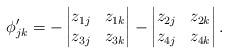
LaTeX: \begin{align*}\phi^{\prime}_{jk}=-\begin{vmatrix}z_{1j}&z_{1k}\\z_{3j}&z_{3k}\end{vmatrix}-\begin{vmatrix}z_{2j}&z_{2k}\\z_{4j}&z_{4k}\end{vmatrix}.\end{align*}